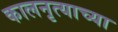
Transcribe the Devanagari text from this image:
कालनृत्याच्या